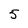
Character: 5